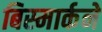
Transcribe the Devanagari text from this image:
बिस्मार्कने